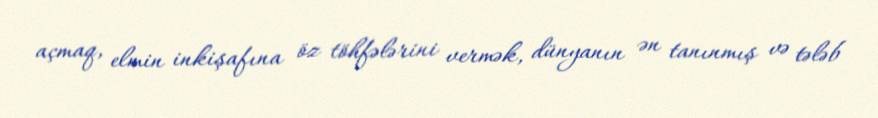
açmaq, elmin inkişafına öz töhfələrini vermək, dünyanın ən tanınmış və tələb